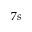
7 s